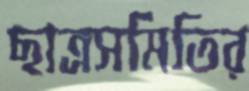
ছাত্রসমিতির